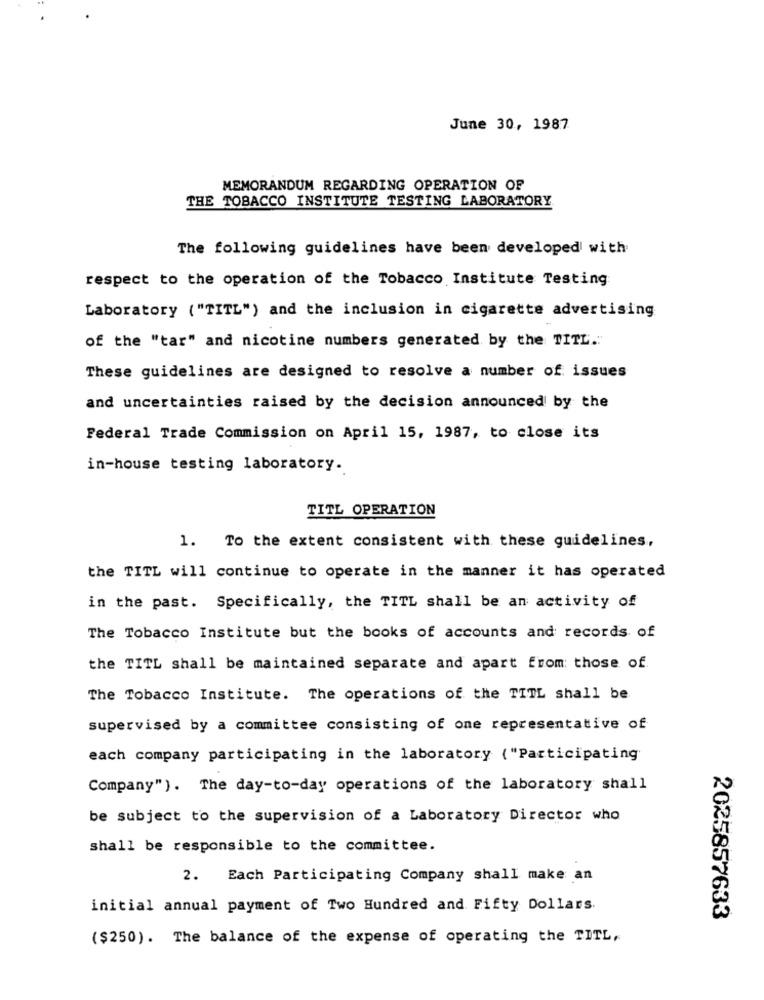
June 30, 1987
MEMORANDUM REGARDING OPERATION OF
THE TOBACCO INSTITUTE TESTING LABORATORY
The following guidelines have been developed with
respect to the operation of the Tobacco Institute Testing
Laboratory ( "TITL") and the inclusion in cigarette advertising
of the "tar" and nicotine numbers generated by the TITL."
These guidelines are designed to resolve a number of issues
and uncertainties raised by the decision announced by the
Federal Trade Commission on April 15, 1987, to close its
in-house testing laboratory.
TITL OPERATION
1. To the extent consistent with these guidelines,
the TITL will continue to operate in the manner it has operated
in the past. Specifically, the TITL shall be an activity of
The Tobacco Institute but the books of accounts and records of
the TITL shall be maintained separate and apart from: those of
The Tobacco Institute. The operations of the TITL shall be
supervised by a committee consisting of one representative of
each company participating in the laboratory ("Participating
Company"). The day-to-day operations of the laboratory shall
be subject to the supervision of a Laboratory Director who
shall be responsible to the committee.
2. Each Participating Company shall make an
initial annual payment of Two Hundred and Fifty Dollars.
2025857633
($250). The balance of the expense of operating the TITL,